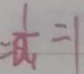
= \frac { 1 } { a _ { 1 } } = 1